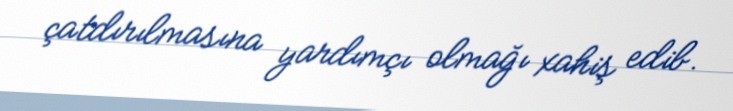
çatdırılmasına yardımçı olmağı xahiş edib.